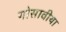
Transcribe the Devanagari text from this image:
गोसावीया